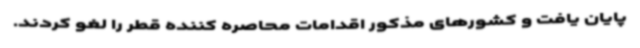
پایان یافت و کشورهای مذکور اقدامات محاصره کننده قطر را لغو کردند.